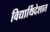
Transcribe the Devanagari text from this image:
विद्यार्थिदेशात